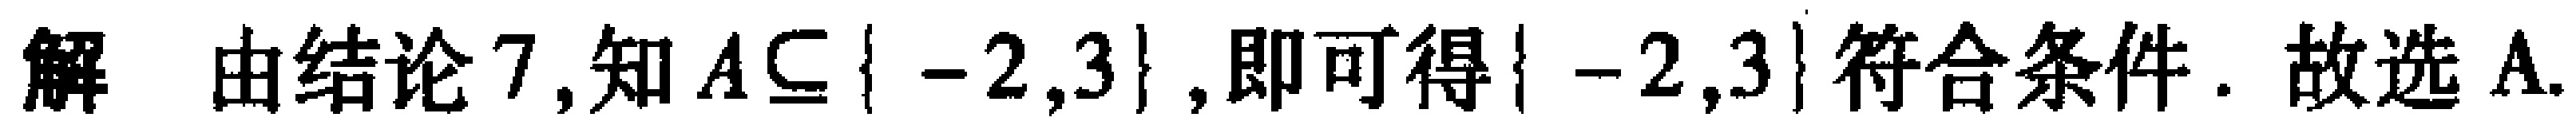
解 由结论 7,知 \(A\subseteq\{ -2,3\}\),即可得\(\{ -2,3\}\)符合条件. 故选A.